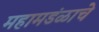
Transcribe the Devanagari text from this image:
महामडंळाचे